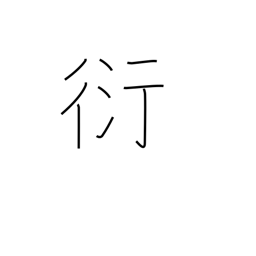
Meaning: overflowing